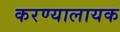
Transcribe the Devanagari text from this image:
करण्यालायक